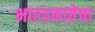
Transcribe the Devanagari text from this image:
भारतमातेचा